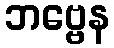
ဘဗ္ဗေန